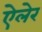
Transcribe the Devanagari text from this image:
ऐलेर